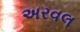
અરવલ